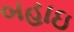
બહાઇ